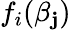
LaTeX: f_{i}(\beta_{\mathbf{j}})